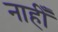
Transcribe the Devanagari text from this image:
नाहीँ